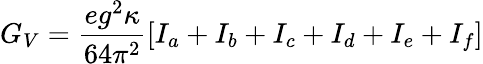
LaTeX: G_{V}=\frac{eg^{2}\kappa}{64\pi^{2}}\left[I_{a}+I_{b}+I_{c}+I_{d}+I_{e}+I_{f}\right]